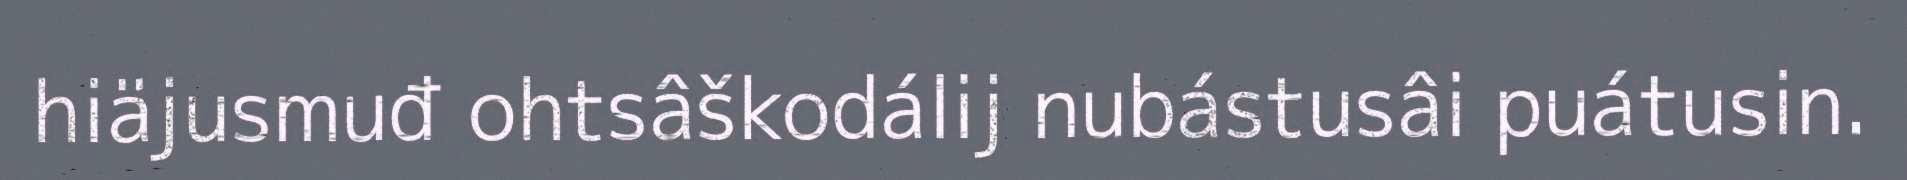
hiäjusmuđ ohtsâškodálij nubástusâi puátusin.